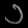
Digit: ၁